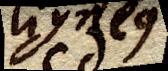
ligneus